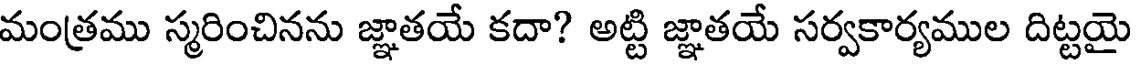
మంత్రము స్మరించినను జ్ఞాతయే కదా? అట్టి జ్ఞాతయే సర్వకార్యముల దిట్టయై